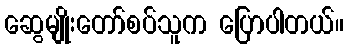
ဆွေမျိုးတော်စပ်သူက ပြောပါတယ်။